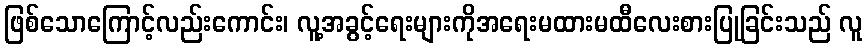
ဖြစ်သောကြောင့်လည်းကောင်း၊ လူ့အခွင့်ရေးများကိုအရေးမထားမထီလေးစားပြုခြင်းသည် လူ